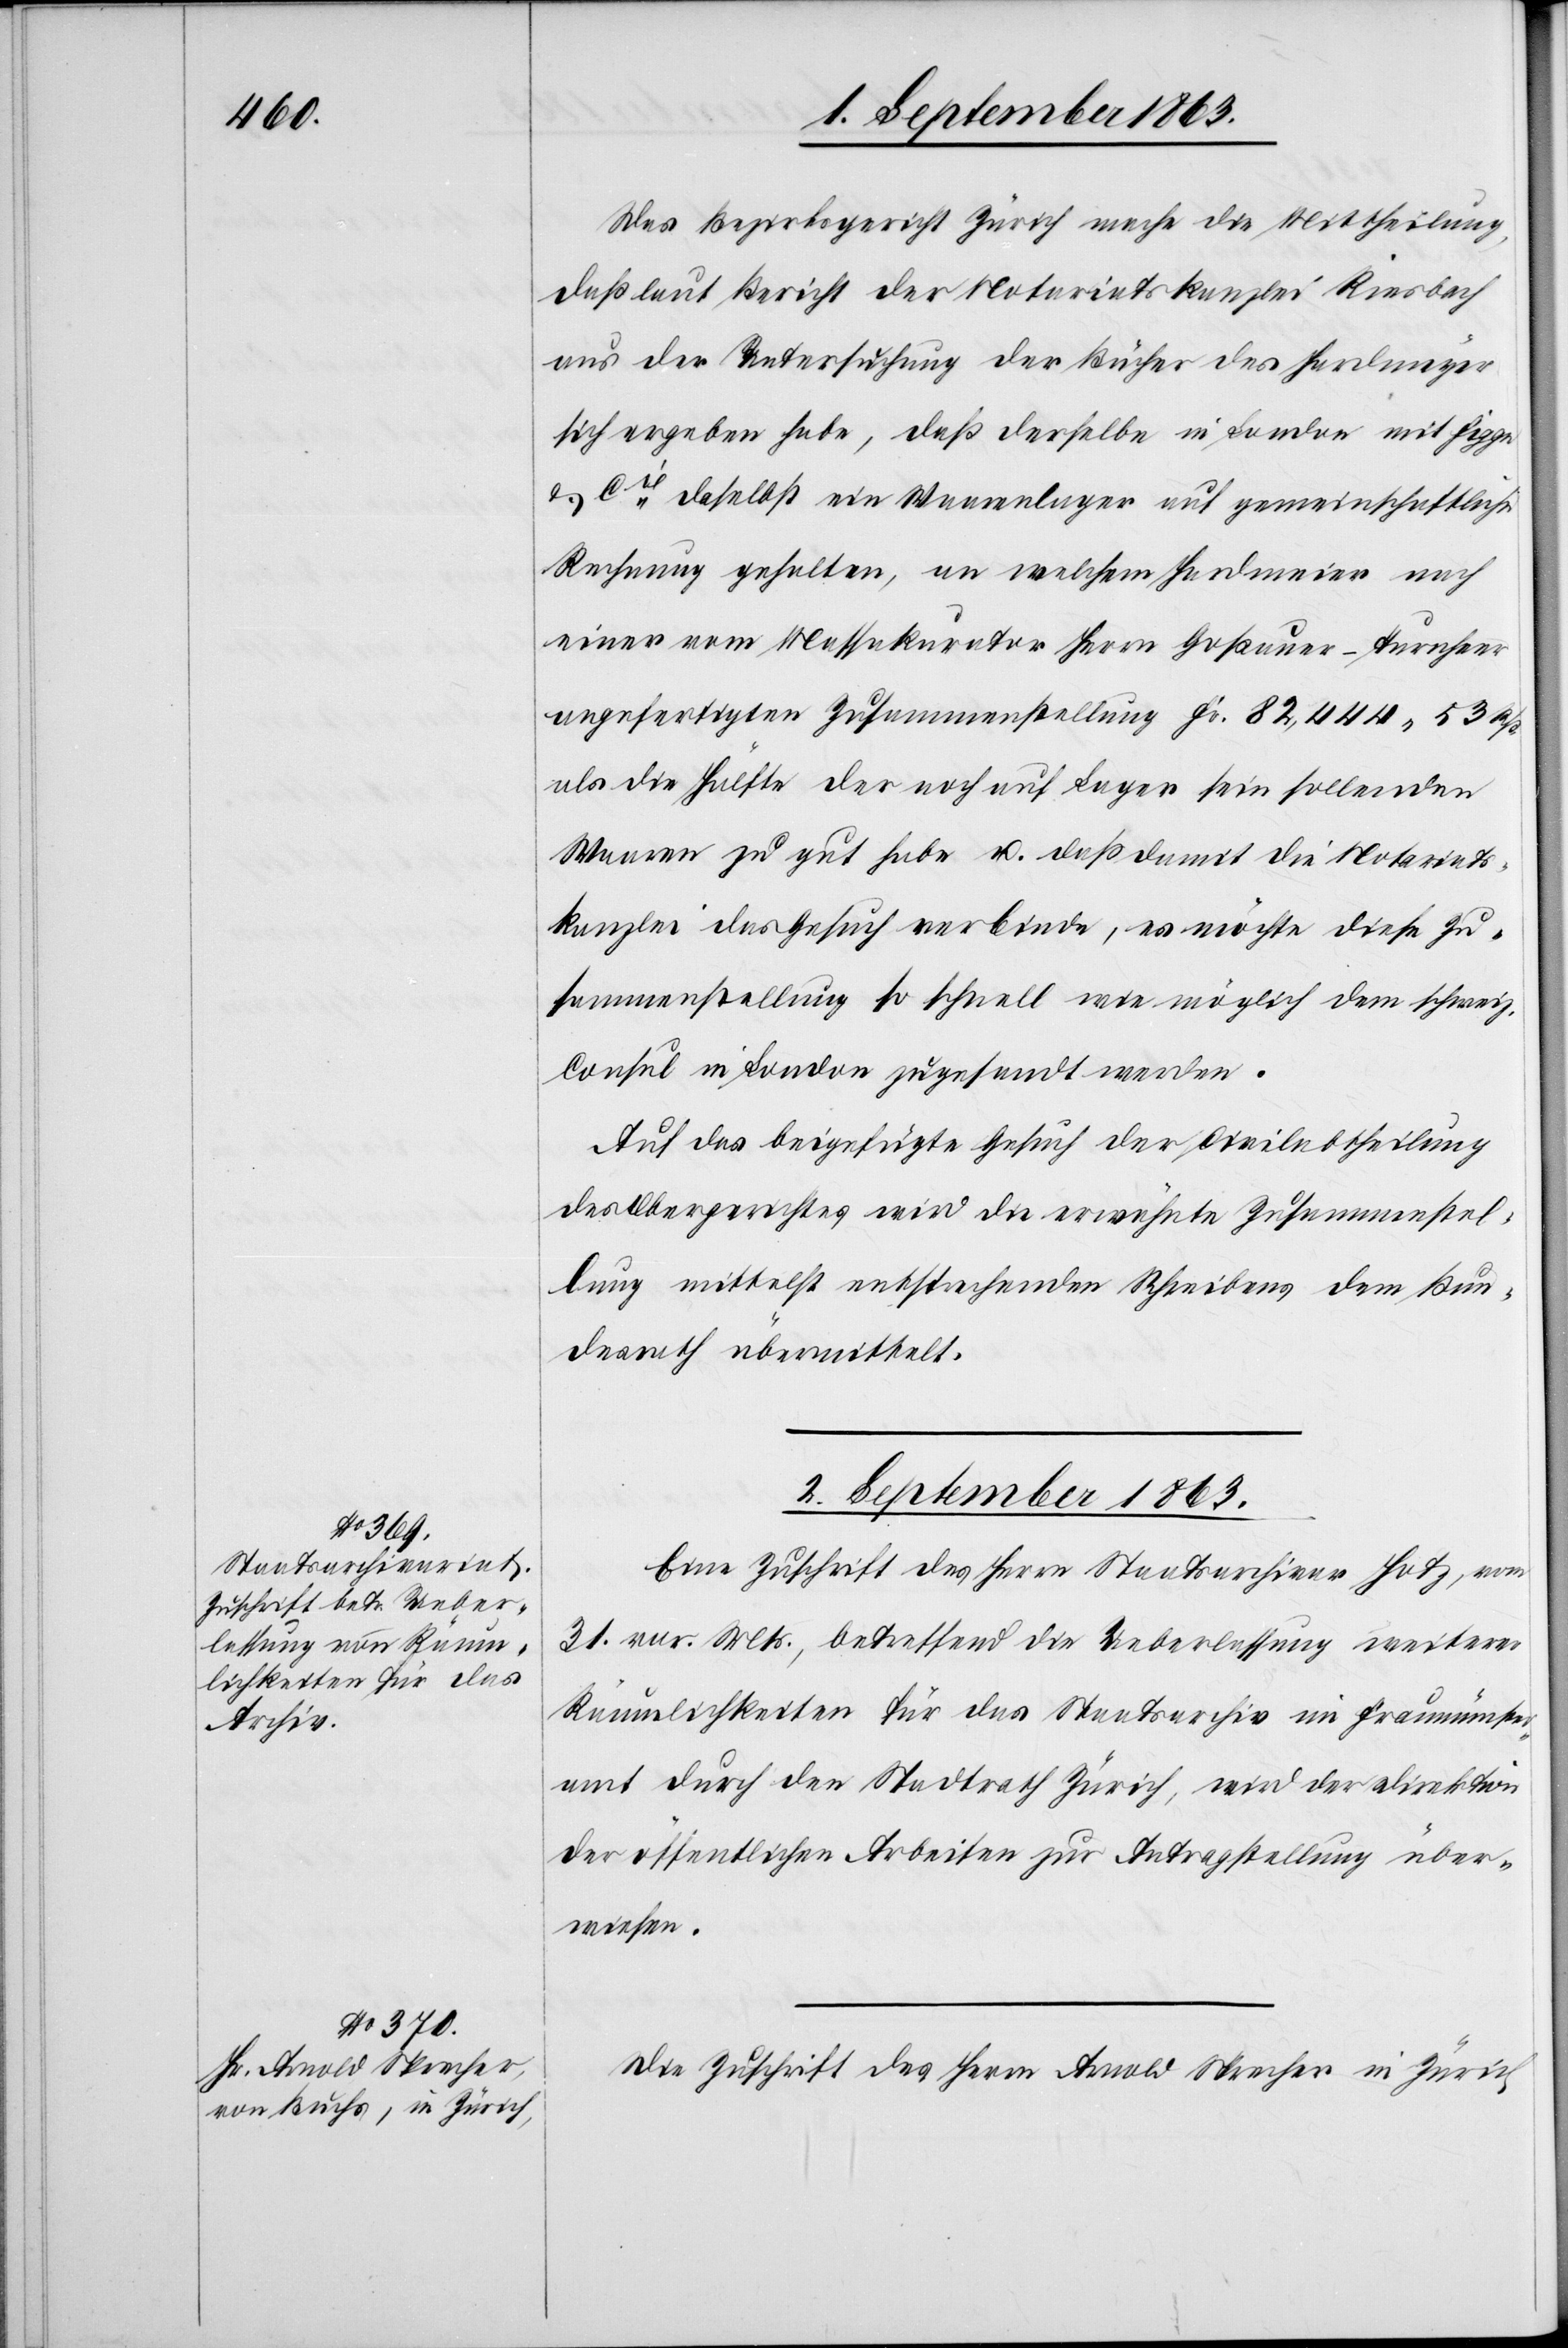
Das Bezirksgericht Zürich mache die Mittheilung,
daß laut Bericht der Notariatskanzlei Riesbach
aus der Untersuchung der Bücher des Hardmeyer
sich ergeben habe, daß derselbe in London mit Figge
& Cie daselbst ein Waarenlager auf gemeinschaftliche
Rechnung gehalten, an welchem Hardmeier nach
einer vom Massakurator Herrn Goßauer-Turnheer
angefertigten Zusammenstellung Fr. 82,444. 53 Rp.
als Hälfte der noch auf Lager sein sollenden
Waaren zu gut habe u. daß damit die Notariats¬
kanzlei das Gesuch verbinde, es möchte diese Zu¬
sammenstellung so schnell wie möglich dem schweiz.
Consul in London zugesandt werden.
Auf das beigefügte Gesuch der Civilabtheilung
des Obergerichtes wird die erwähnte Zusammenstel¬
lung mittelst entsprechenden Schreibens dem Bun¬
desrath übermittelt.
2. September 1863.]
Eine Zuschrift des Herrn Staatsarchivar Hotz, vom
31. vor. Mts., betreffend die Ueberlassung weiterer
Räumlichkeiten für das Staatsarchiv im Fraumünster¬
amt durch den Stadtrath Zürich, wird der Direktion
der öffentlichen Arbeiten zur Antragstellung über¬
wiesen.
Die Zuschrift des Herrn Arnold Sprecher in Zürich